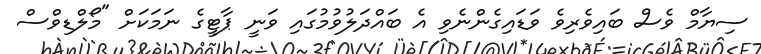
ސިޔާމް ވެސް ބައިވެރިވެ ވަޑައިގެންނެވި އެ ބައްދަލުވުމުގައި ވަނީ ޕާޓީގެ ނަމަކަށް "މޯލްޑިވްސް